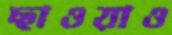
ছাওয়াও